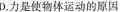
D.力是使物体运动的原因